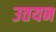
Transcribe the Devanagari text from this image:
उतयन